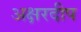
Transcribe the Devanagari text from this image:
अक्षरदीप